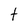
Character: t